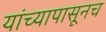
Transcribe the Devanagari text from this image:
यांच्यापासूनच